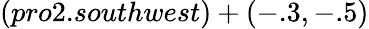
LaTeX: (pro2.southwest)+(-.3,-.5)